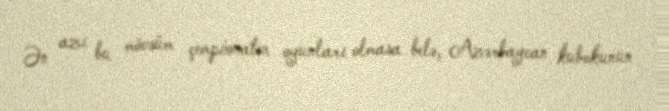
Ən azı bu mövsüm çempionatın oyunları olmasa belə, Azərbaycan kubokunun